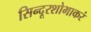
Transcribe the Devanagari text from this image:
सिन्दूरशोभाकरं